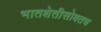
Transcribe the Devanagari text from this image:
भातशेतीसोबतच